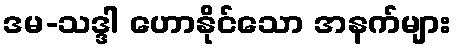
ဒမ-သဒ္ဒါ ဟောနိုင်သော အနက်များ